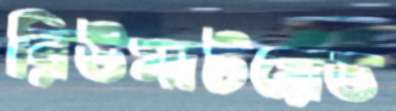
রিউমাটয়েড